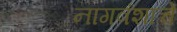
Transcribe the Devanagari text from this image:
नागवंशाचे